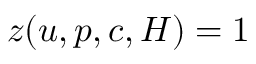
{ z } ( u , p , c , H ) = 1